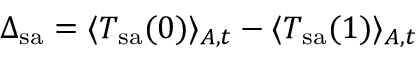
\Delta _ { \mathrm { s a } } = \langle T _ { \mathrm { s a } } ( 0 ) \rangle _ { A , t } - \langle T _ { \mathrm { s a } } ( 1 ) \rangle _ { A , t }